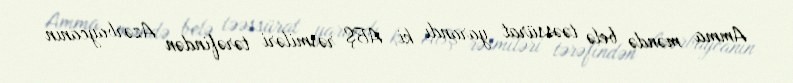
Amma məndə belə təəssürat yarandı ki, ABŞ rəsmiləri tərəfindən Azərbaycanın